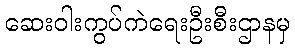
ဆေးဝါးကွပ်ကဲရေးဦးစီးဌာနမှ